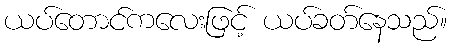
ယပ်တောင်ကလေးဖြင့် ယပ်ခတ်နေသည်။